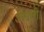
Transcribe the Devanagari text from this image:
अगत्ती।